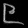
Digit: ၉